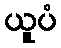
ယူပံ